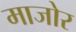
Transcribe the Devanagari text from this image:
माजोर